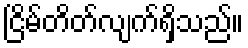
ငြိမ်တိတ်လျက်ရှိသည်။